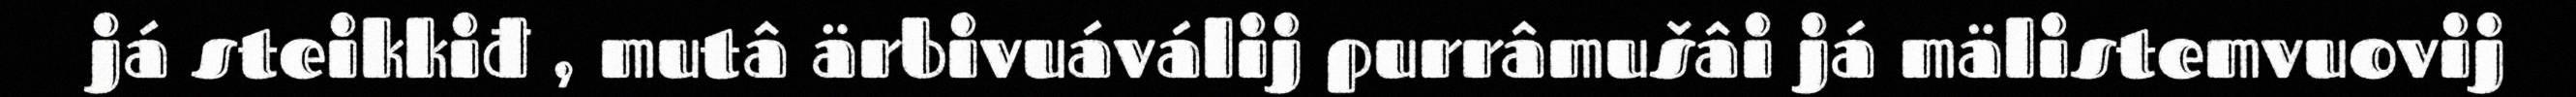
já steikkiđ , mutâ ärbivuáválij purrâmušâi já mälistemvuovij